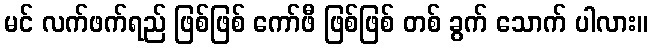
မင် လက်ဖက်ရည် ဖြစ်ဖြစ် ကော်ဖီ ဖြစ်ဖြစ် တစ် ခွက် သောက် ပါလား။